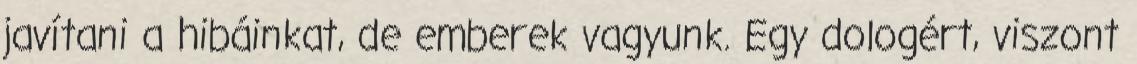
javí­tani a hibáinkat, de emberek vagyunk. Egy dologért, viszont